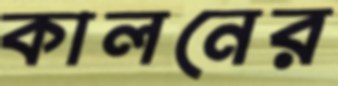
কালনের